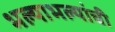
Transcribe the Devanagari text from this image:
भल्याभल्यांची